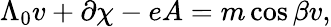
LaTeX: \Lambda_{0}v+\partial\chi-eA=m\cos{\beta}v,